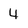
Character: 4